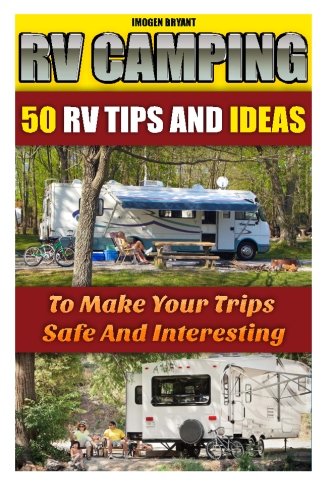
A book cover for RV Camping: 50 RV Tips And Ideas To Make Your Trips Safe And Interesting: (RVing full time, RV living, How to live in a car, How to live in a car van ... how to live in a car, van or RV) (Volume 2); Imogen Bryant; Travel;